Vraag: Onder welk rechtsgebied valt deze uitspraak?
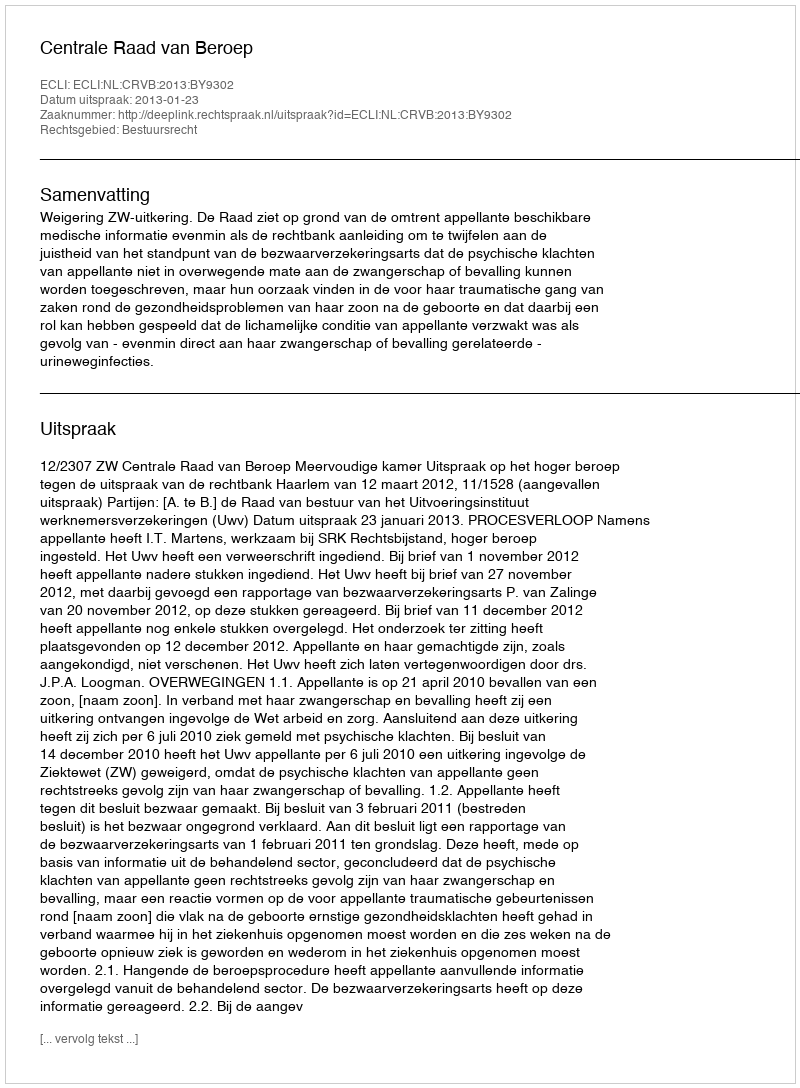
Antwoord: Bestuursrecht